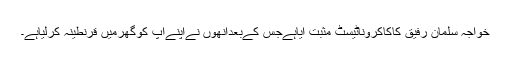
خواجہ سلمان رفیق کاکاکروناٹیسٹ مثبت آیاہےجس کےبعدانھوں نےاپنےآپ کوگھرمیں قرنطینہ کرلیاہے۔